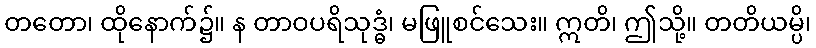
တတော၊ ထိုနောက်၌။ န တာဝပရိသုဒ္ဓံ၊ မဖြူစင်သေး။ ဣတိ၊ ဤသို့။ တတိယမ္ပိ၊